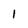
Character: i